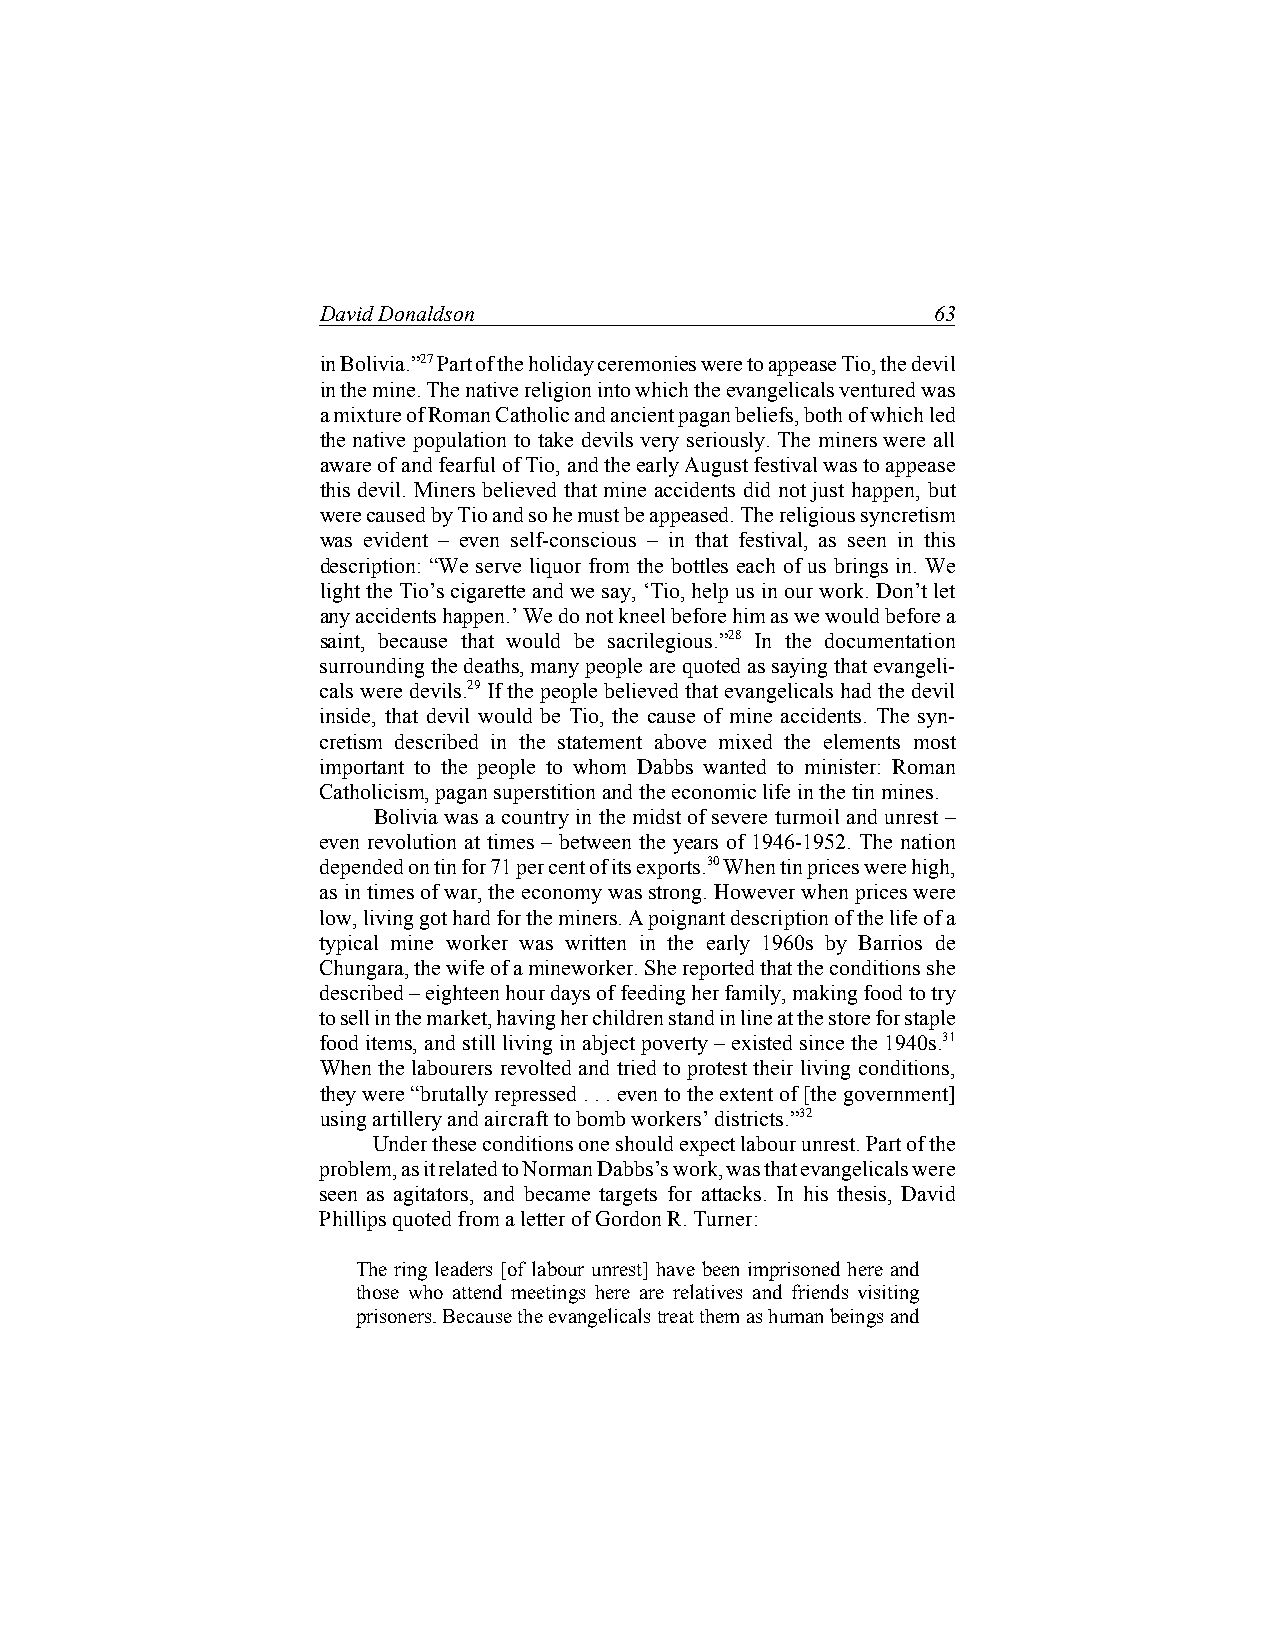
David Donaldson                          63
 in Bolivia.”27 Part of the holiday ceremonies were to appease Tio, the devil
 in the mine. The native religion into which the evangelicals ventured was
 a mixture of Roman Catholic and ancient pagan beliefs, both of which led
 the native population to take devils very seriously. The miners were all
 aware of and fearful of Tio, and the early August festival was to appease
 this devil. Miners believed that mine accidents did not just happen, but
 were caused by Tio and so he must be appeased. The religious syncretism
 was evident – even self-conscious – in that festival, as seen in this
 description: “We serve liquor from the bottles each of us brings in. We
 light the Tio’s cigarette and we say, ‘Tio, help us in our work. Don’t let
 any accidents happen.’ We do not kneel before him as we would before a
 saint, because that would be sacrilegious.”28 In the documentation
 surrounding the deaths, many people are quoted as saying that evangeli-
 cals were devils.29 If the people believed that evangelicals had the devil
 inside, that devil would be Tio, the cause of mine accidents. The syn-
 cretism described in the statement above mixed the elements most
 important to the people to whom Dabbs wanted to minister: Roman
 Catholicism, pagan superstition and the economic life in the tin mines.
 Bolivia was a country in the midst of severe turmoil and unrest –
 even revolution at times – between the years of 1946-1952. The nation
 depended on tin for 71 per cent of its exports.30 When tin prices were high,
 as in times of war, the economy was strong. However when prices were
 low, living got hard for the miners. A poignant description of the life of a
 typical mine worker was written in the early 1960s by Barrios de
 Chungara, the wife of a mineworker. She reported that the conditions she
 described – eighteen hour days of feeding her family, making food to try
 to sell in the market, having her children stand in line at the store for staple
 food items, and still living in abject poverty – existed since the 1940s.31
 When the labourers revolted and tried to protest their living conditions,
 they were “brutally repressed . . . even to the extent of [the government]
 using artillery and aircraft to bomb workers’ districts.”32
 Under these conditions one should expect labour unrest. Part of the
 problem, as it related to Norman Dabbs’s work, was that evangelicals were
 seen as agitators, and became targets for attacks. In his thesis, David
 Phillips quoted from a letter of Gordon R. Turner:
 The ring leaders [of labour unrest] have been imprisoned here and
 those who attend meetings here are relatives and friends visiting
 prisoners. Because the evangelicals treat them as human beings and